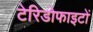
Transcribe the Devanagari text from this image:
टेरिडोफाइटों